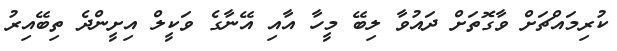
ކުރިމައްޗަށް ވާގޮތަށް ދައުވާ ލިބޭ މީހާ އާއި އޭނާގެ ވަކީލް އިށީންދެ ތިބޭއިރު